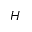
H